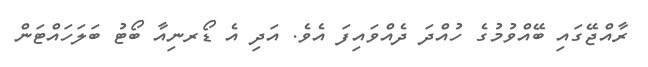
ރާއްޖޭގައި ބޭއްވުމުގެ ހުއްދަ ދެއްވައިފަ އެވެ. އަދި އެ ޑޯރނިއާ ބޯޓު ބަލަހައްޓަން